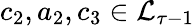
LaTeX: c_{2},a_{2},c_{3}\in\mathcal{L}_{\tau-1}